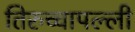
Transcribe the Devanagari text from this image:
तिरुच्चापल्ली